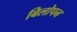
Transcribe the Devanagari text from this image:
बिलोपन